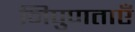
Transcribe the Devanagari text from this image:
निपुणताएँ